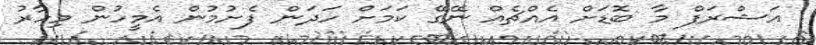
އަޝްރަފް މާ ބޮޑަށް އެއްޗެއް ނޭގޭ ކަމަށް ހަދަން ފެށުމުން އެމީހުން މިހާރު